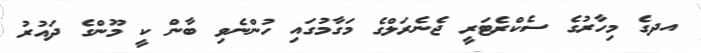
އދގެ މިހާރުގެ ސެކްރެޓަރީ ޖެނެރަލްގެ މަގާމުގައި ހުންނެވި ބާން ކީ މޫންގެ ދައުރު